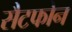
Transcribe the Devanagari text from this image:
सैटफोन